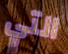
التي